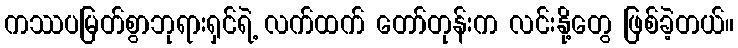
ကဿပမြတ်စွာဘုရားရှင်ရဲ့ လက်ထက် တော်တုန်းက လင်းနို့တွေ ဖြစ်ခဲ့တယ်။